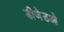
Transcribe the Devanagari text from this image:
डीजेडओ